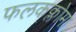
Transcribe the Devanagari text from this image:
फलकक्लोमा